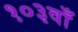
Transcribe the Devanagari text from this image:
१०३वाँ